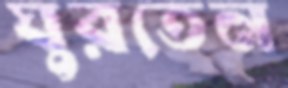
ঘুরতেন